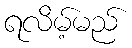
ရလိမ့်မည်